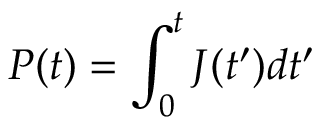
P ( t ) = \int _ { 0 } ^ { t } J ( t ^ { \prime } ) d t ^ { \prime }